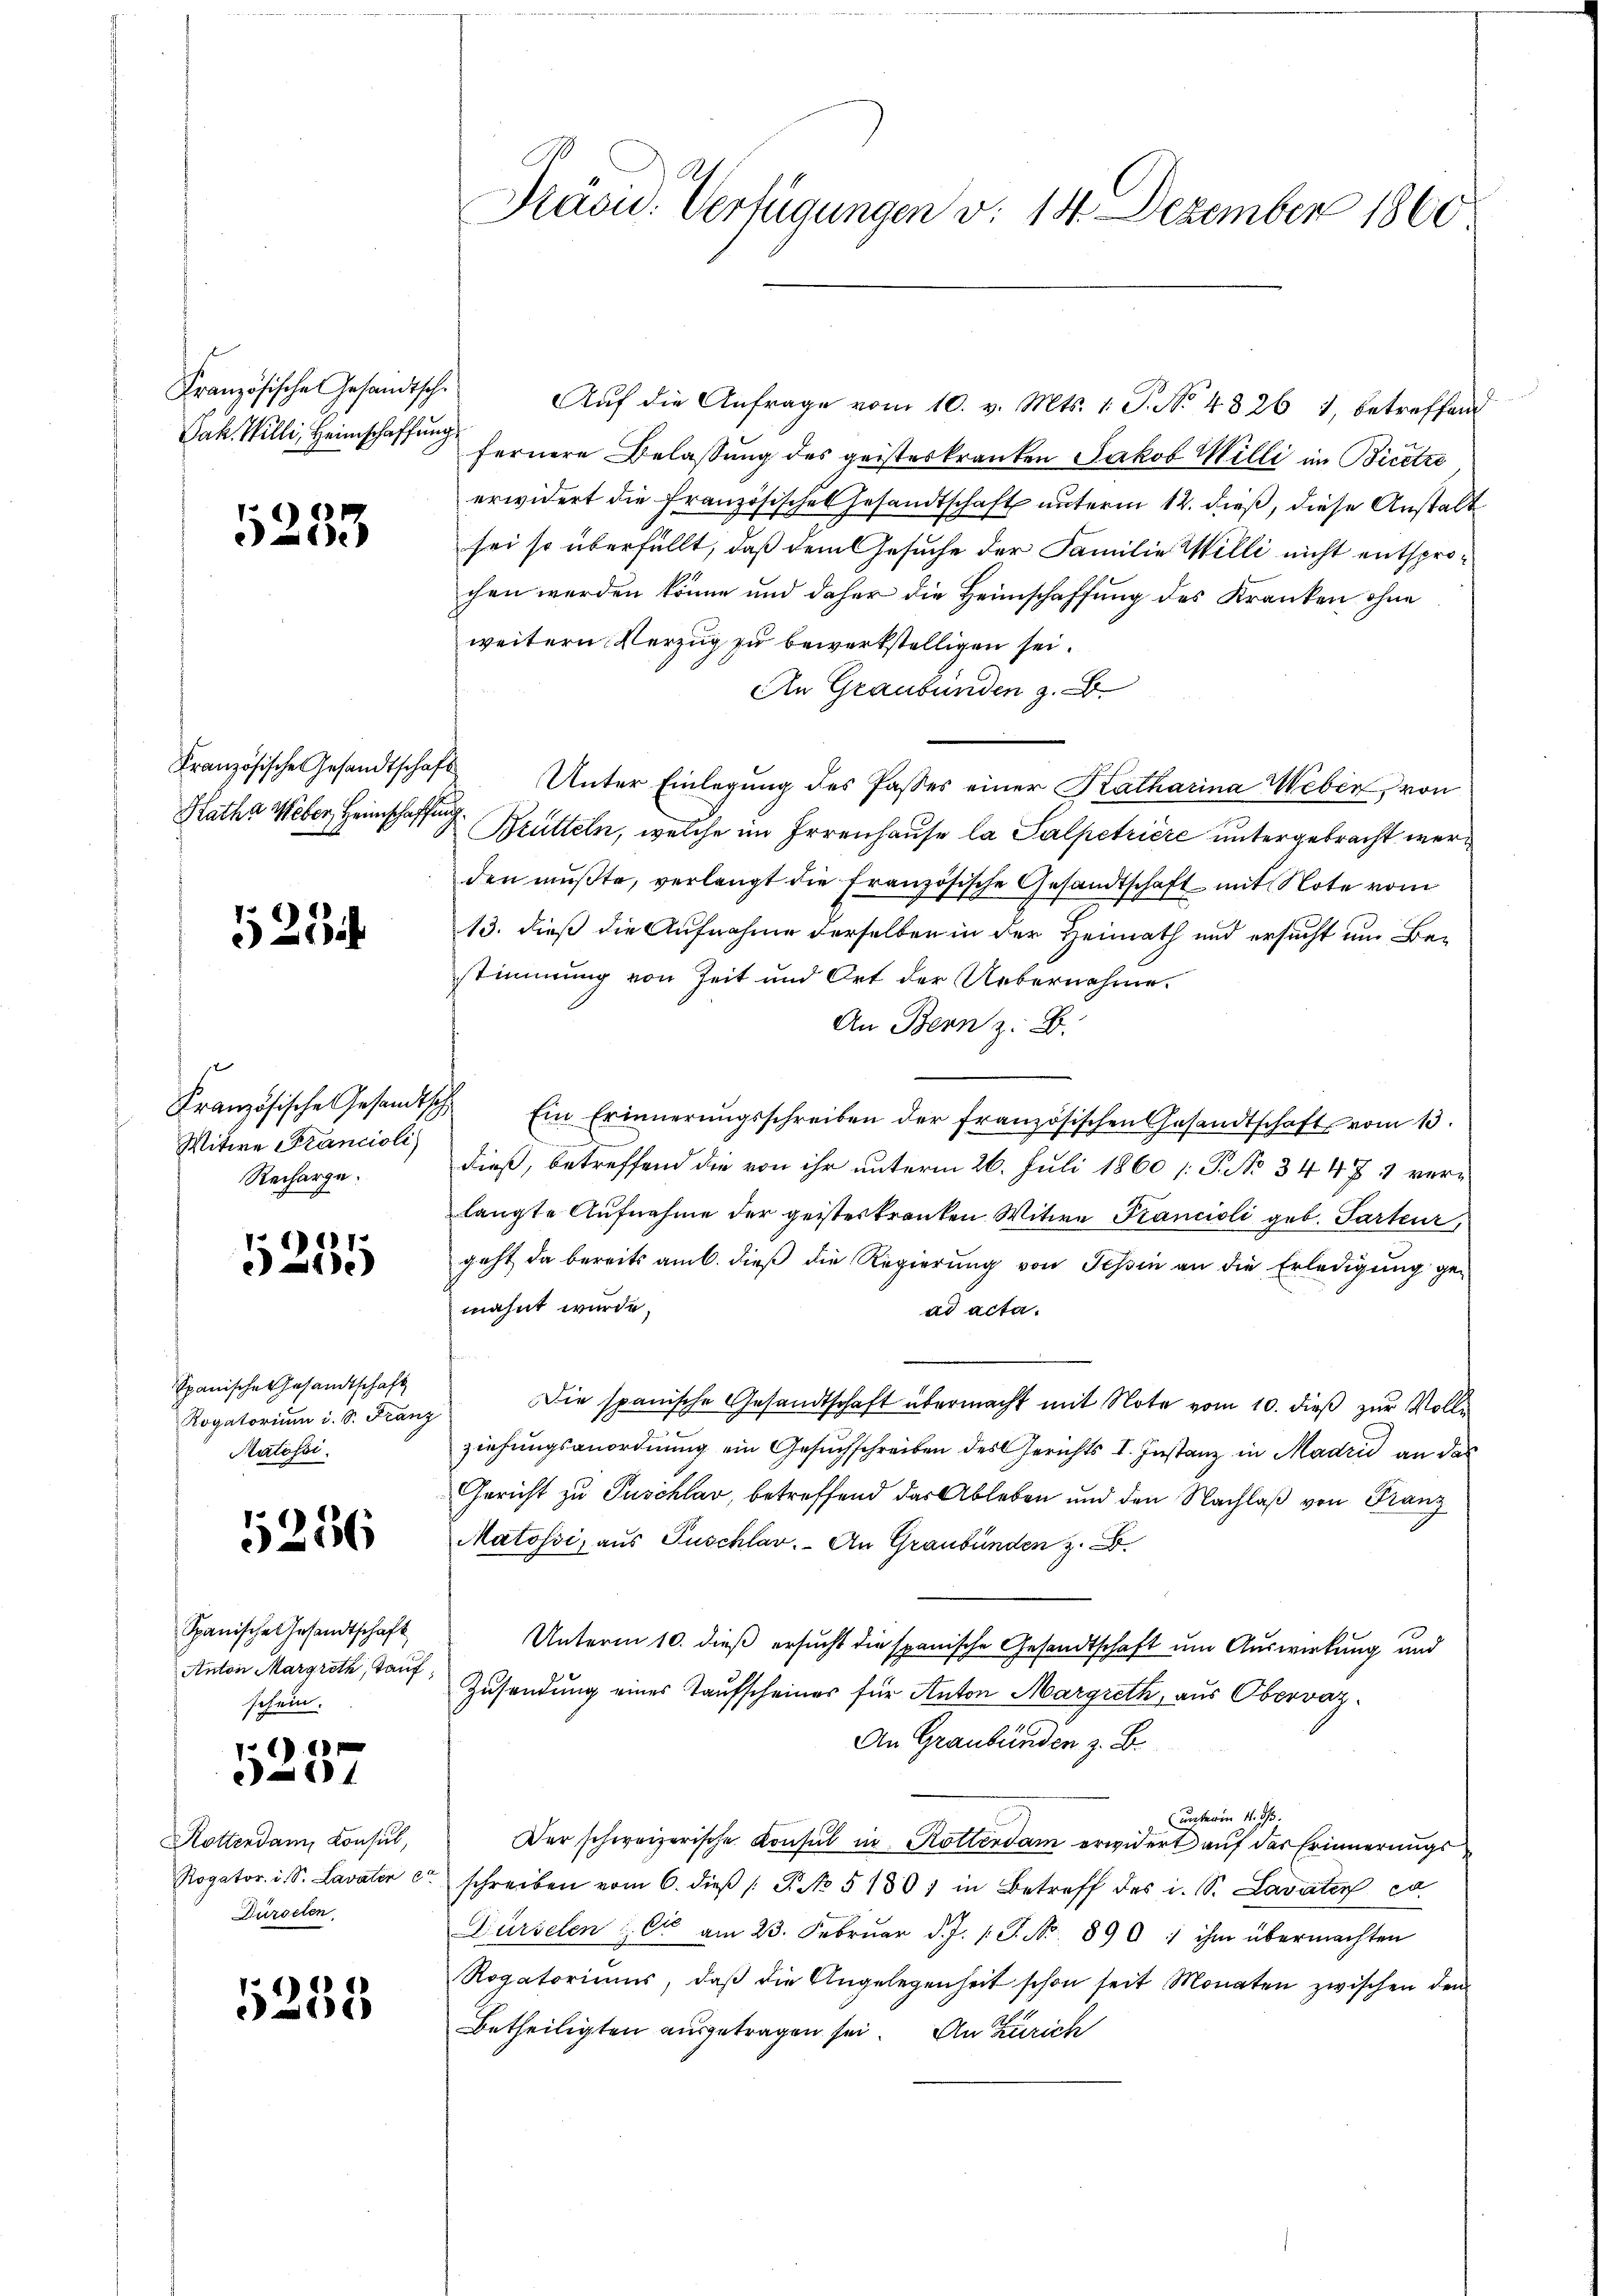
Französische Gesandtsch
Jak. Willi, Heimschaffung

1253

Französische Gesandtschaf
Ratha Weber, Heimschaffe

525

Französische Gesandtsch
Witwe Francioli
Recharge.

11) 111.
)

Spanische Gesandtschaft
Rogatorium i. S. Fran
Ratössi

1256

Spanische Gesandtschaft
Anton Margreth, Tauf
schein.

116
14

Rotterdam Konsul,
Rogator. i. S. Lavaten e
Dürselen.

11
)

Pasid. Verfügungen v. 14. Dezember 1860

Auf die Anfrage vom 10. v. Mts. 1. P. No 4826 1, betreffend
 fernere Belassung des geisteskranken Jakob Willi im Bicetze
erwidert die französisches Gesandtschaft unterm 12. dieß, diese Anstalt
sei so überfüllt, daß dem Gesuche der Familie Willi nicht entsprochen werden könne und daher die Heimschaffung des Kranken ohne
weitern Verzug zu bewerkstelligen sei.
An Graubünden z. B.
.
Unter Einlegung des Passes einer Katharina Weber, von
.
Brütteln, welche im Irrenhause la Salpetriere untergebracht werden mußte, verlangt die französische Gesandtschaft mit Note vom
13. dieß die Aufnahme derselben in der Heimath und ersucht um Bestimmung von Zeit und Ort der Uebernahme.
An Bern z. B.
 Ein Erinnerungsschreiben der französischen Gesandtschafts vom 13.
dieß, betreffend die von ihr unterm 26. Juli 1860 /: P. No 3447 1 verlangte Aufnahme der geisteskranken Witwe Krancioli geb. Parteur,
geht da bereits am 6. dieß die Regierung von Tessin an die Erledigung gemahnt wurde,
ad acta.
Die spanische Gesandtschaft übermacht mit Note vom 10. dieß zur Vollziehungsanordnung ein Gesuchschreiben des Gerichts I. Instanz in Madrid an das
Gericht zu Puschlar, betreffend das Ableben und den Nachlaß von Franz
Matossi, aus Puschlav. An Graubünden z. B.
Unterm 10. dieß ersucht die spanische Gesandtschaft um Auswirkung und
Zusendung eines Taufscheines für Anton Margreth, aus Obervaz¬
An Graubünden z. B.
(unterm 11. ds.
Der schweizerische Konsul in Rotterdam erwidert auf der Erinnerungs
schreiben vom 6. dieβ (: P. No 51507 in Betreff des i. S. Lavaten e
Fürselen er am 23. Febrŭar d. J. 1. J. No. 890 ihm übermachten
Rogatoriums, daβ die Angelegenheit schon seit Monaten zwischen den
Betheiligten ausgetragen sei. An Zürich

¬